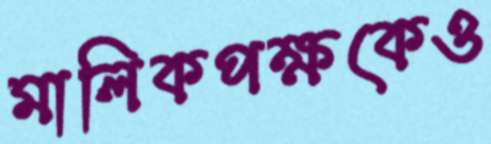
মালিকপক্ষকেও